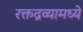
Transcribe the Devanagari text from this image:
रक्तद्रव्यामध्ये